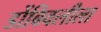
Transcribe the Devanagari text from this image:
डोंबिवलीला